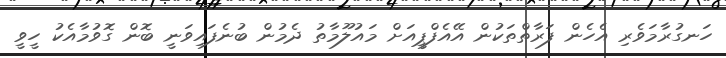
ހަނގުރާމަވެރި އެހެން ފަރާތްތަކުން އޭއެފްޕީއަށް މައުލޫމާތު ދެމުން ބުނެފައިވަނީ ބޮން ގޮވުމާއެކު ހީވީ